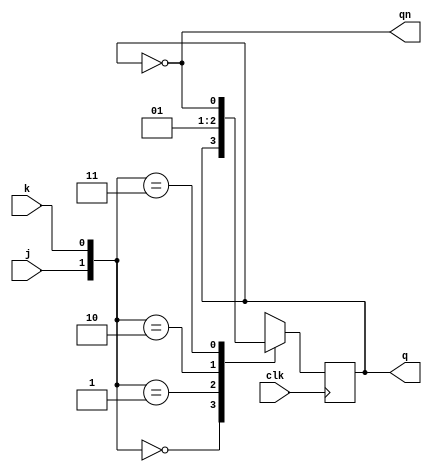
module jkff(input j,k,clk,output q,qn);
reg q;
    always@(posedge clk)
    begin
    case({j,k})
    2'b00:q<=q;
    2'b01:q<=0;
    2'b10:q<=1;
    2'b11:q<=~q;
    endcase
    end
    assign qn=~q;
endmodule